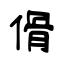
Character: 傦